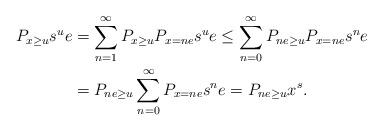
LaTeX: \begin{align*}P_{x\geq u}s^{u}e & =\sum\limits_{n=1}^{\infty}P_{x\geq u}P_{x=ne}s^{u}e\leq\sum\limits_{n=0}^{\infty}P_{ne\geq u}P_{x=ne}s^{n}e\\& =P_{ne\geq u}\sum\limits_{n=0}^{\infty}P_{x=ne}s^{n}e=P_{ne\geq u}x^{s}.\end{align*}